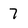
Character: 7